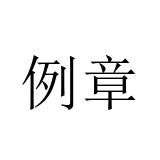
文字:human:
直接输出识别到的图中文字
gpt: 例章